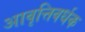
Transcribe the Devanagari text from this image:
आवृत्तिवर्धक